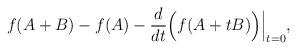
LaTeX: \begin{align*}f(A+B)-f(A)-\frac{d}{dt}\Big(f(A+tB)\Big)\Big|_{t=0},\end{align*}